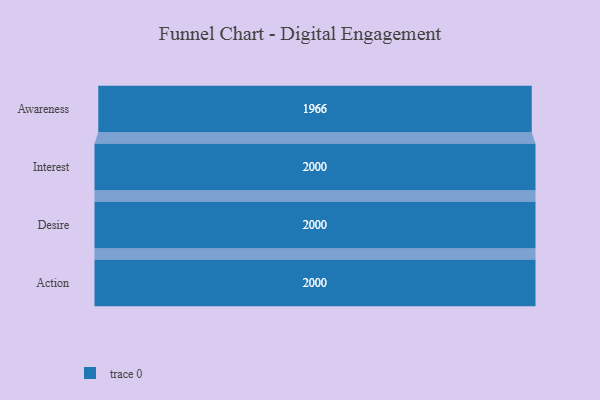
{"axis": {"x": "Stage", "y": "Value"}, "legend": [""], "data": [{"x": "Awareness", "y": 1966.0, "type": ""}, {"x": "Interest", "y": 2000, "type": ""}, {"x": "Desire", "y": 2000, "type": ""}, {"x": "Action", "y": 2000, "type": ""}]}